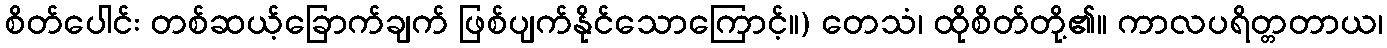
စိတ်ပေါင်း တစ်ဆယ့်ခြောက်ချက် ဖြစ်ပျက်နိုင်သောကြောင့်။) တေသံ၊ ထိုစိတ်တို့၏။ ကာလပရိတ္တတာယ၊